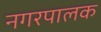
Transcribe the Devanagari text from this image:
नगरपालक